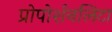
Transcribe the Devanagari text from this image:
प्रोपोर्शनलिटा